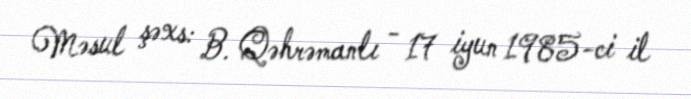
Məsul şəxs: B. Qəhrəmanlı - 17 iyun 1985-ci il